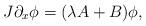
LaTeX: \begin{align*} J\partial_x\phi=(\lambda A +B)\phi,\end{align*}